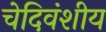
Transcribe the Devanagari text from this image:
चेदिवंशीय